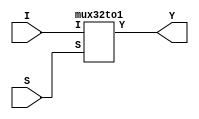
// R11552144.v
//
// Implement an 32-to-1 Decoder
//

module top(S, I, Y);
input [31:0] I;
input [4:0] S;

output Y;

mux32to1 U0(S, I, Y);

endmodule

// Additional Modules Here (if needed).

//since we have a 2 to 4 decoder we need a 2 input select
module mux32to1(S, I, Y);

input [31:0] I;
input [4:0] S;

output Y;

wire [31:0] W;

dec5to32 u0(.A(S), .D(W));

assign Y = |(W & I);

endmodule

module dec5to32(A, D);
input [4:0] A;
output [31:0] D;

wire [11:0] W;

dec3to8 u0(.A(A[4:2]), .D(W[11:4]));
dec2to4 u1(.A(A[1:0]), .D(W[3:0]));

//AND gates
assign D[31] = W[11] & W[3];
assign D[30] = W[11] & W[2];
assign D[29] = W[11] & W[1];
assign D[28] = W[11] & W[0];

assign D[27] = W[10] & W[3];
assign D[26] = W[10] & W[2];
assign D[25] = W[10] & W[1];
assign D[24] = W[10] & W[0];

assign D[23] = W[9] & W[3];
assign D[22] = W[9] & W[2];
assign D[21] = W[9] & W[1];
assign D[20] = W[9] & W[0];

assign D[19] = W[8] & W[3];
assign D[18] = W[8] & W[2];
assign D[17] = W[8] & W[1];
assign D[16] = W[8] & W[0];

assign D[15] = W[7] & W[3];
assign D[14] = W[7] & W[2];
assign D[13] = W[7] & W[1];
assign D[12] = W[7] & W[0];

assign D[11] = W[6] & W[3];
assign D[10] = W[6] & W[2];
assign D[9] = W[6] & W[1];
assign D[8] = W[6] & W[0];

assign D[7] = W[5] & W[3];
assign D[6] = W[5] & W[2];
assign D[5] = W[5] & W[1];
assign D[4] = W[5] & W[0];

assign D[3] = W[4] & W[3];
assign D[2] = W[4] & W[2];
assign D[1] = W[4] & W[1];
assign D[0] = W[4] & W[0];


endmodule

module dec3to8(A, D);
input [2:0] A;
output [7:0] D;

wire [5:0] W;

//More module instantiations :D
dec2to4 u0(.A(A[2:1]), .D(W[5:2]));
dec1to2 u1(.A(A[0]), .D(W[1:0]));

//And gates
assign D[7] = W[5] & W[1];
assign D[6] = W[5] & W[0];
assign D[5] = W[4] & W[1];
assign D[4] = W[4] & W[0];
assign D[3] = W[3] & W[1];
assign D[2] = W[3] & W[0];
assign D[1] = W[2] & W[1];
assign D[0] = W[2] & W[0];

endmodule

module dec2to4(A, D);

input [1:0] A;
output [3:0] D;

wire [3:0] W;

//Module Instanstiations
dec1to2 u0(.A(A[1]), .D(W[3:2]));
dec1to2 u1(.A(A[0]), .D(W[1:0]));

//AND gates
assign D[3] = W[3] & W[1];
assign D[2] = W[3] & W[0];
assign D[1] = W[2] & W[1];
assign D[0] = W[2] & W[0];

endmodule

module dec1to2(A, D);

input A;
output [1:0] D;

assign D[1] = ~A;
assign D[0] = A;

endmodule